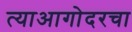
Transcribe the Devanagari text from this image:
त्याआगोदरचा